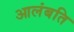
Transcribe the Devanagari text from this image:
आलंबति